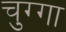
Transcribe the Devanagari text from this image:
चुग्गा